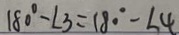
1 8 0 ^ { \circ } - \angle 3 = 1 8 0 ^ { \circ } - \angle 4